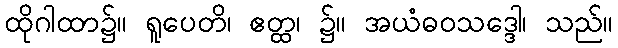
ထိုဂါထာ၌။ ရူပေတိ၊ ဧတ္ထ၊ ၌။ အယံဓဝသဒ္ဒေါ၊ သည်။